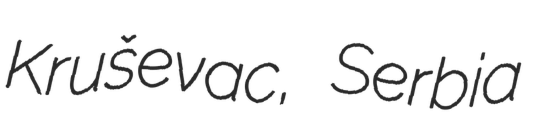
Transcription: Kruševac, Serbia